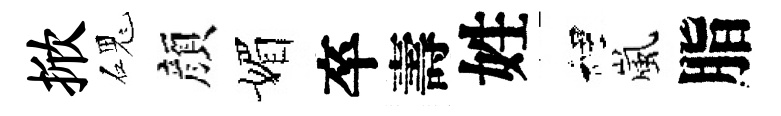
掀磈顔媚卒壽姓裡嵐脂